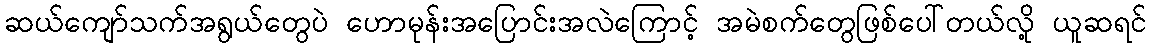
ဆယ်ကျော်သက်အရွယ်တွေပဲ ဟောမုန်းအပြောင်းအလဲကြောင့် အမဲစက်တွေဖြစ်ပေါ်တယ်လို့ ယူဆရင်